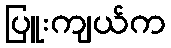
ပြူးကျယ်က